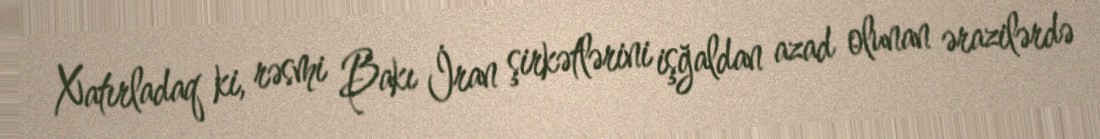
Xatırladaq ki, rəsmi Bakı İran şirkətlərini işğaldan azad olunan ərazilərdə